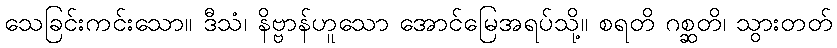
သေခြင်းကင်းသော။ ဒီသံ၊ နိဗ္ဗာန်ဟူသော အောင်မြေအရပ်သို့။ စရတိ ဂစ္ဆတိ၊ သွားတတ်